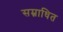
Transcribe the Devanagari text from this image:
सम्नाधित